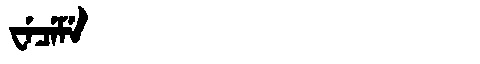
Manchu: ᠸᡝᠴᡝᠮᡝ
Romanization: WECEME